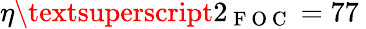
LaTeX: \eta\textsuperscript{2}_{\mathrm{~F~O~C~}}=77\